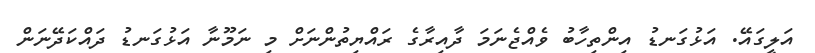
އަލީގައޭ. އަޅުގަނޑު އިންތިހާބު ވެއްޖެނަމަ ދާއިރާގެ ރައްޔިތުންނަށް މި ނަމޫނާ އަޅުގަނޑު ދައްކަދޭނަން